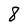
Character: 8